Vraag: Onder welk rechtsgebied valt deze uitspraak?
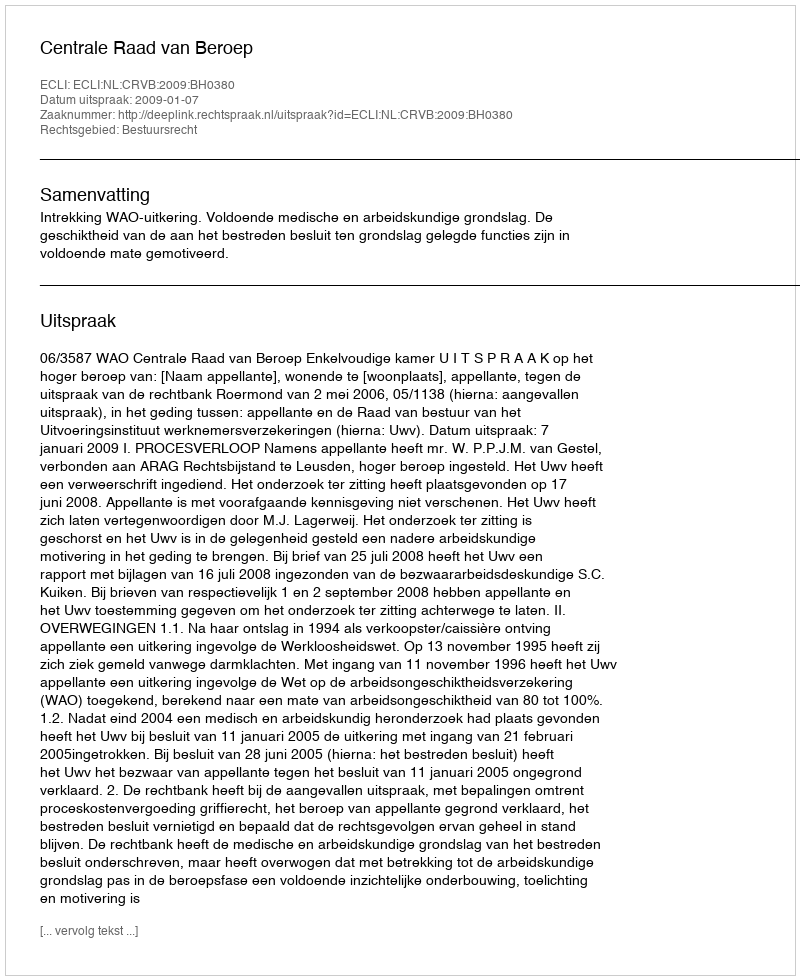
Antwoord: Bestuursrecht